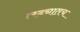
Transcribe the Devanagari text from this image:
लढ्यातच